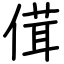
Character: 傇